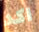
اكد